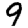
Digit: 9